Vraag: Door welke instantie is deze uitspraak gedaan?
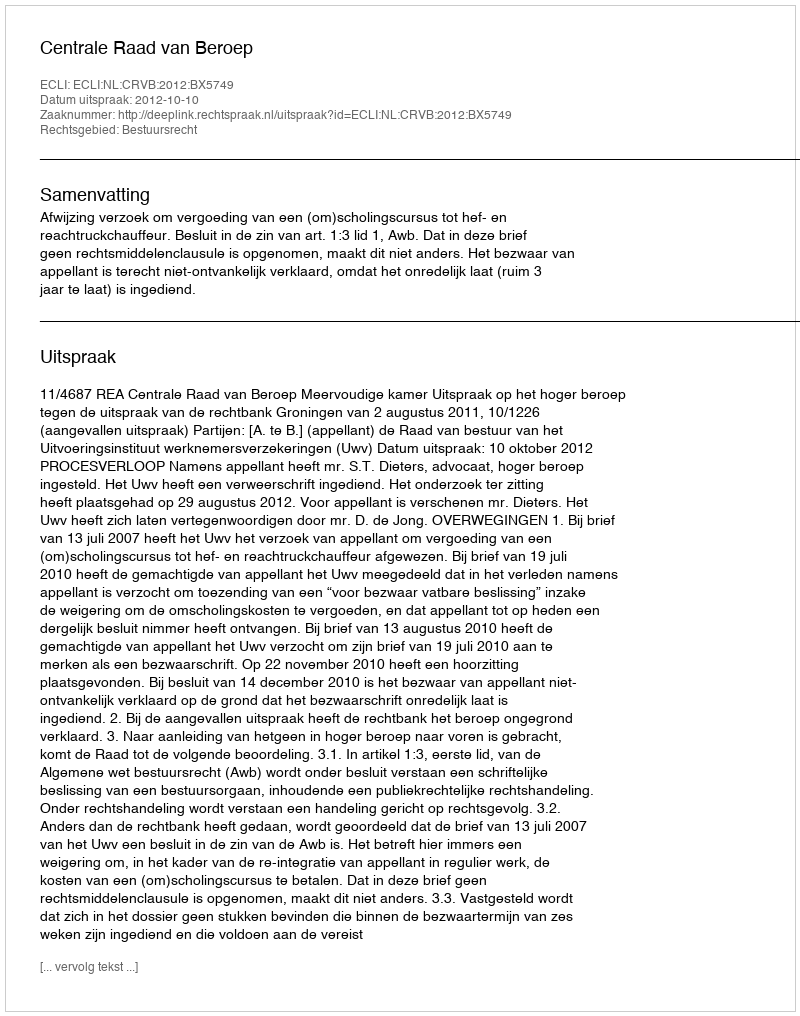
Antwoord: Centrale Raad van Beroep